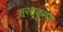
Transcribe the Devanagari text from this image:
शरतकुमार